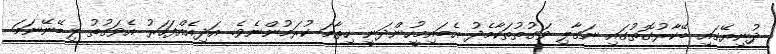
ދުނިޔޭގައި ބޭކާރުގޮތުގައި ނަގާލި ވަގުތުތަކާމެދު އެބައިމީހުންދަނީ ހިތާމަ ކުރަމުންނެވެ. އަދިއެއްފަހަރު އެވަގުތު ލިބޭނޭނަމަ